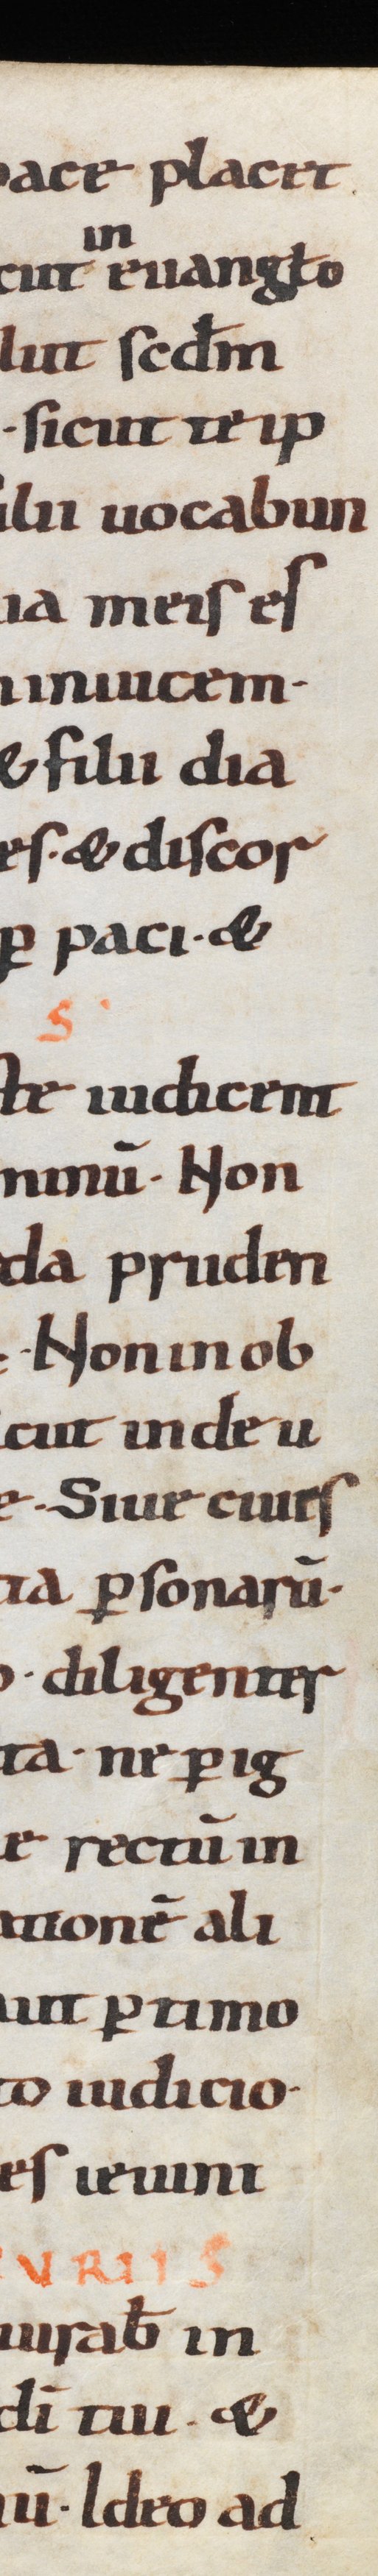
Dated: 1000–1099